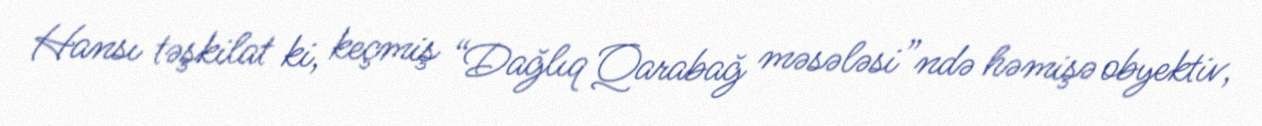
Hansı təşkilat ki, keçmiş “Dağlıq Qarabağ məsələsi”ndə həmişə obyektiv,